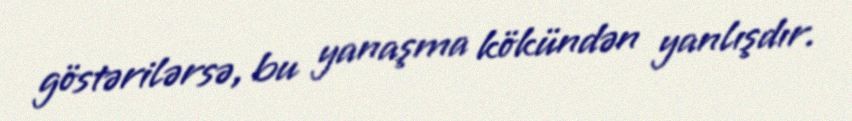
göstərilərsə, bu yanaşma kökündən yanlışdır.